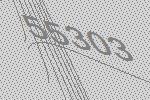
55303